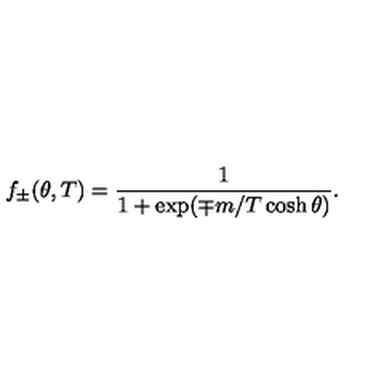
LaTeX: f _ { \pm } ( \theta , T ) = \frac { 1 } { 1 + \exp ( \mp m / T \cosh \theta ) } .